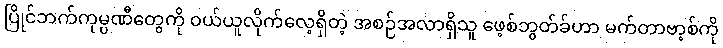
ပြိုင်ဘက်ကုမ္ပဏီတွေကို ဝယ်ယူလိုက်လေ့ရှိတဲ့ အစဉ်အလာရှိသူ ဖေ့စ်ဘွတ်ခ်ဟာ မက်တာဗာ့စ်ကို